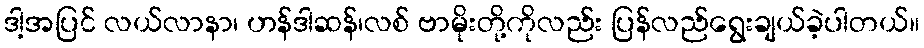
ဒါ့အပြင် လယ်လာနာ၊ ဟန်ဒါဆန်၊လစ် ဗာမိုးတို့ကိုလည်း ပြန်လည်ရွေးချယ်ခဲ့ပါတယ်။